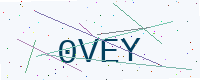
Text: 0VEY